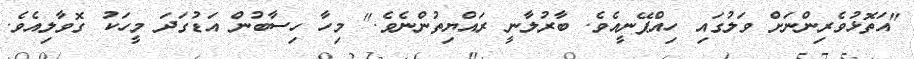
"އަތޮޅުވެރިންނަށް ވަލުގައި ހިއްޕޭނީއެވެ. ބާރުލާނީ ރައްޔިތުންނެވެ." މިހާ ހިސާބުން އަޑުގަދަ މީހަކު ގޮވާލިއެވެ.